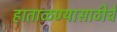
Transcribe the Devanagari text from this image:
हाताळण्यासाठीचे